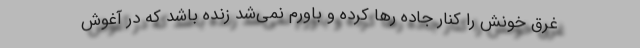
غرق خونش را کنار جاده رها کرده و باورم نمی‌شد زنده باشد که در آغوش